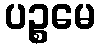
ပဉ္စမေ